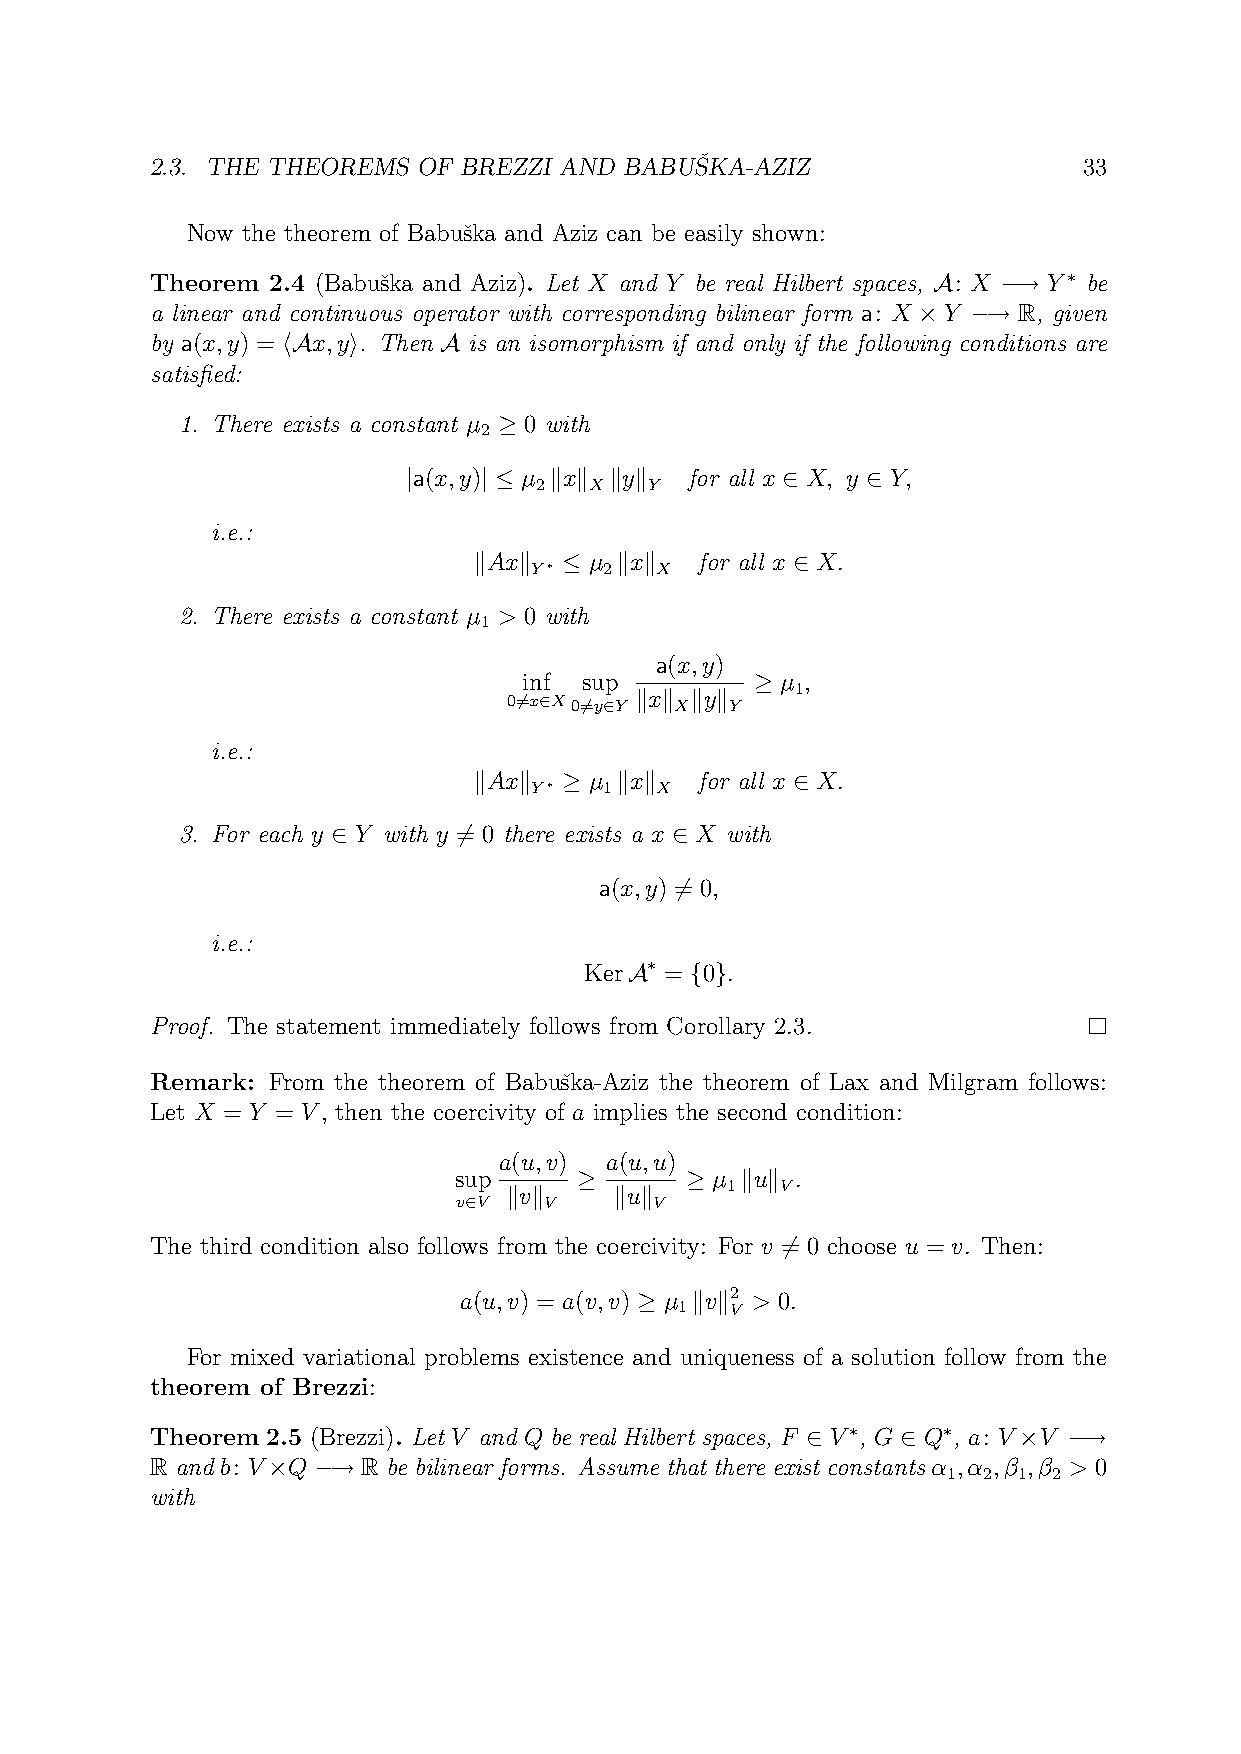
ˇ
 2.3. THE THEOREMS OF BREZZI AND BABUSKA-AZIZ                  33
 Now the theorem of Babuˇska and Aziz can be easily shown:
 Theorem 2.4 (Babuˇska and Aziz). Let X and Y be real Hilbert spaces, A: X −→ Y∗ be
 a linear and continuous operator with corresponding bilinear form a: X ×Y −→ R, given
 by a(x,y) = hAx,yi. Then A is an isomorphism if and only if the following conditions are
 satisfied:
 1. There exists a constant µ ≥ 0 with
 2
 |a(x,y)| ≤ µ kxk kyk for all x ∈ X, y ∈ Y,
 2   X   Y
 i.e.:
 kAxk  ≤ µ kxk  for all x ∈ X.
 Y∗   2  X
 2. There exists a constant µ > 0 with
 1
 a(x,y)
 inf sup        ≥ µ ,
 1
 06=x∈X06=y∈Y kxk Xkyk Y
 i.e.:
 kAxk  ≥ µ kxk  for all x ∈ X.
 Y∗   1  X
 3. For each y ∈ Y with y 6= 0 there exists a x ∈ X with
 a(x,y) 6= 0,
 i.e.:
 KerA∗ = {0}.
 Proof. The statement immediately follows from Corollary 2.3.
 Remark: From the theorem of Babuˇska-Aziz the theorem of Lax and Milgram follows:
 Let X = Y = V, then the coercivity of a implies the second condition:
 a(u,v) a(u,u)
 sup     ≥      ≥ µ kuk .
 1   V
 kvk    kuk
 v∈V   V      V
 The third condition also follows from the coercivity: For v 6= 0 choose u = v. Then:
 a(u,v) = a(v,v) ≥ µ kvk2 > 0.
 1  V
 For mixed variational problems existence and uniqueness of a solution follow from the
 theorem of Brezzi:
 Theorem 2.5 (Brezzi). Let V and Q be real Hilbert spaces, F ∈ V∗, G ∈ Q∗, a: V ×V −→
 R and b: V×Q −→ R be bilinear forms. Assume that there exist constants α ,α ,β ,β > 0
 1 2 1  2
 with